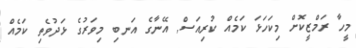
މީހާ ރަމްޒީކޮށް މިކަހަޅަ ކަމެއް ކުރިއަސް